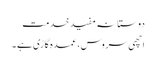
دوستانہ مفید خدمت
اچھی سروس، عمدہ گاڑی ہے ۔